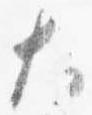
大